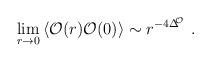
LaTeX: \begin{align*}\lim_{r\rightarrow 0}\left\langle \mathcal{O}(r)\mathcal{O}(0)\right\rangle\sim r^{-4\Delta ^{\!\!\mathcal{O}}}\,\,. \end{align*}